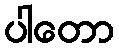
ပါတော